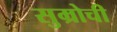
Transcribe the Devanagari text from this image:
सुम्रोची